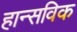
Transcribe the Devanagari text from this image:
हान्सविक